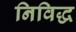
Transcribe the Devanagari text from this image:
निविद्ध